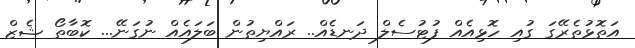
އަތޮޅުތެރޭގަ ގުއި ހޮޅިއެއް ފުޓުސެލް ދަނޑެއް.. ރައްޔިތުން ބަލައެއް ނުގަނޭ... ކޮބާތޯ ޝެޒް